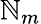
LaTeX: \mathbb{N}_{m}